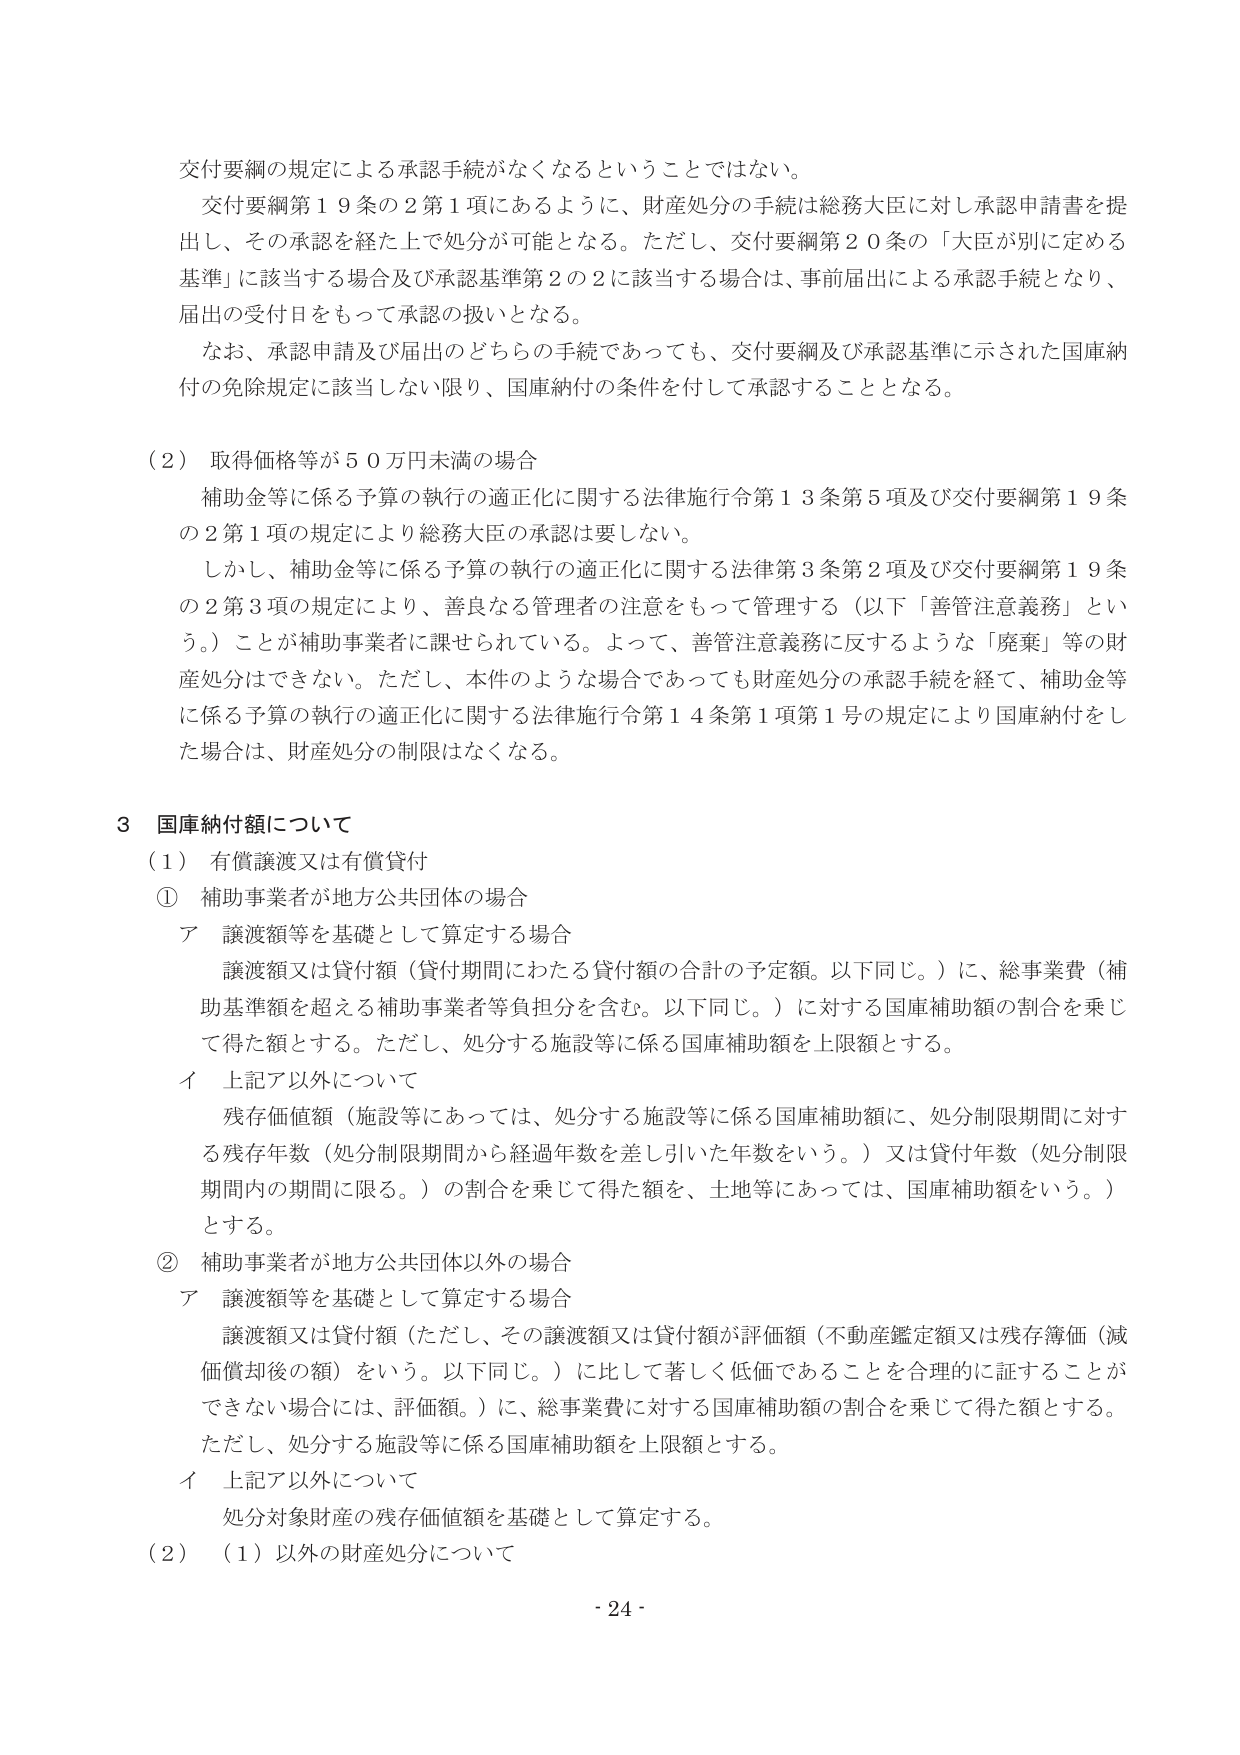
交付要綱の規定による承認手続がなくなるということではない。
交付要綱第19条の2第1項にあるように、財産処分の手続は総務大臣に対し承認申請書を提出し、その承認を経た上で処分が可能となる。ただし、交付要綱第20条の「大臣が別に定める基準」に該当する場合及び承認基準第2の2に該当する場合は、事前届出による承認手続となり、届出の受付日をもって承認の扱いとなる。
なお、承認申請及び届出のどちらの手続であっても、交付要綱及び承認基準に示された国庫納付の免除規定に該当しない限り、国庫納付の条件を付して承認することとなる。

（2）取得価格等が50万円未満の場合
補助金等に係る予算の執行の適正化に関する法律施行令第13条第5項及び交付要綱第19条の2第1項の規定により総務大臣の承認は要しない。
しかし、補助金等に係る予算の執行の適正化に関する法律第3条第2項及び交付要綱第19条の2第3項の規定により、善良なる管理者の注意をもって管理する（以下「善管注意義務」という。）ことが補助事業者に課せられている。よって、善管注意義務に反するような「廃棄」等の財産処分はできない。ただし、本件のような場合であっても財産処分の承認手続を経て、補助金等に係る予算の執行の適正化に関する法律施行令第14条第1項第1号の規定により国庫納付をした場合は、財産処分の制限はなくなる。

3 国庫納付額について
（1）有償譲渡又は有償貸付
① 補助事業者が地方公共団体の場合
ア 譲渡額等を基礎として算定する場合
譲渡額又は貸付額（貸付期間にわたる貸付額の合計の予定額。以下同じ。）に、総事業費（補助基準額を超える補助事業者等負担分を含む。以下同じ。）に対する国庫補助額の割合を乗じて得た額とする。ただし、処分する施設等に係る国庫補助額を上限額とする。
イ 上記ア以外について
残存価値額（施設等にあっては、処分する施設等に係る国庫補助額に、処分制限期間に対する残存年数（処分制限期間から経過年数を差し引いた年数をいう。）又は貸付年数（処分制限期間内の期間に限る。）の割合を乗じて得た額を、土地等にあっては、国庫補助額をいう。）とする。
② 補助事業者が地方公共団体以外の場合
ア 譲渡額等を基礎として算定する場合
譲渡額又は貸付額（ただし、その譲渡額又は貸付額が評価額（不動産鑑定額又は残存簿価（減価償却後の額）をいう。以下同じ。）に比して著しく低価であることを合理的に証することができない場合には、評価額。）に、総事業費に対する国庫補助額の割合を乗じて得た額とする。ただし、処分する施設等に係る国庫補助額を上限額とする。
イ 上記ア以外について
処分対象財産の残存価値額を基礎として算定する。
（2）（1）以外の財産処分について
- 24 -